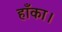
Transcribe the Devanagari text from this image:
हाँका।